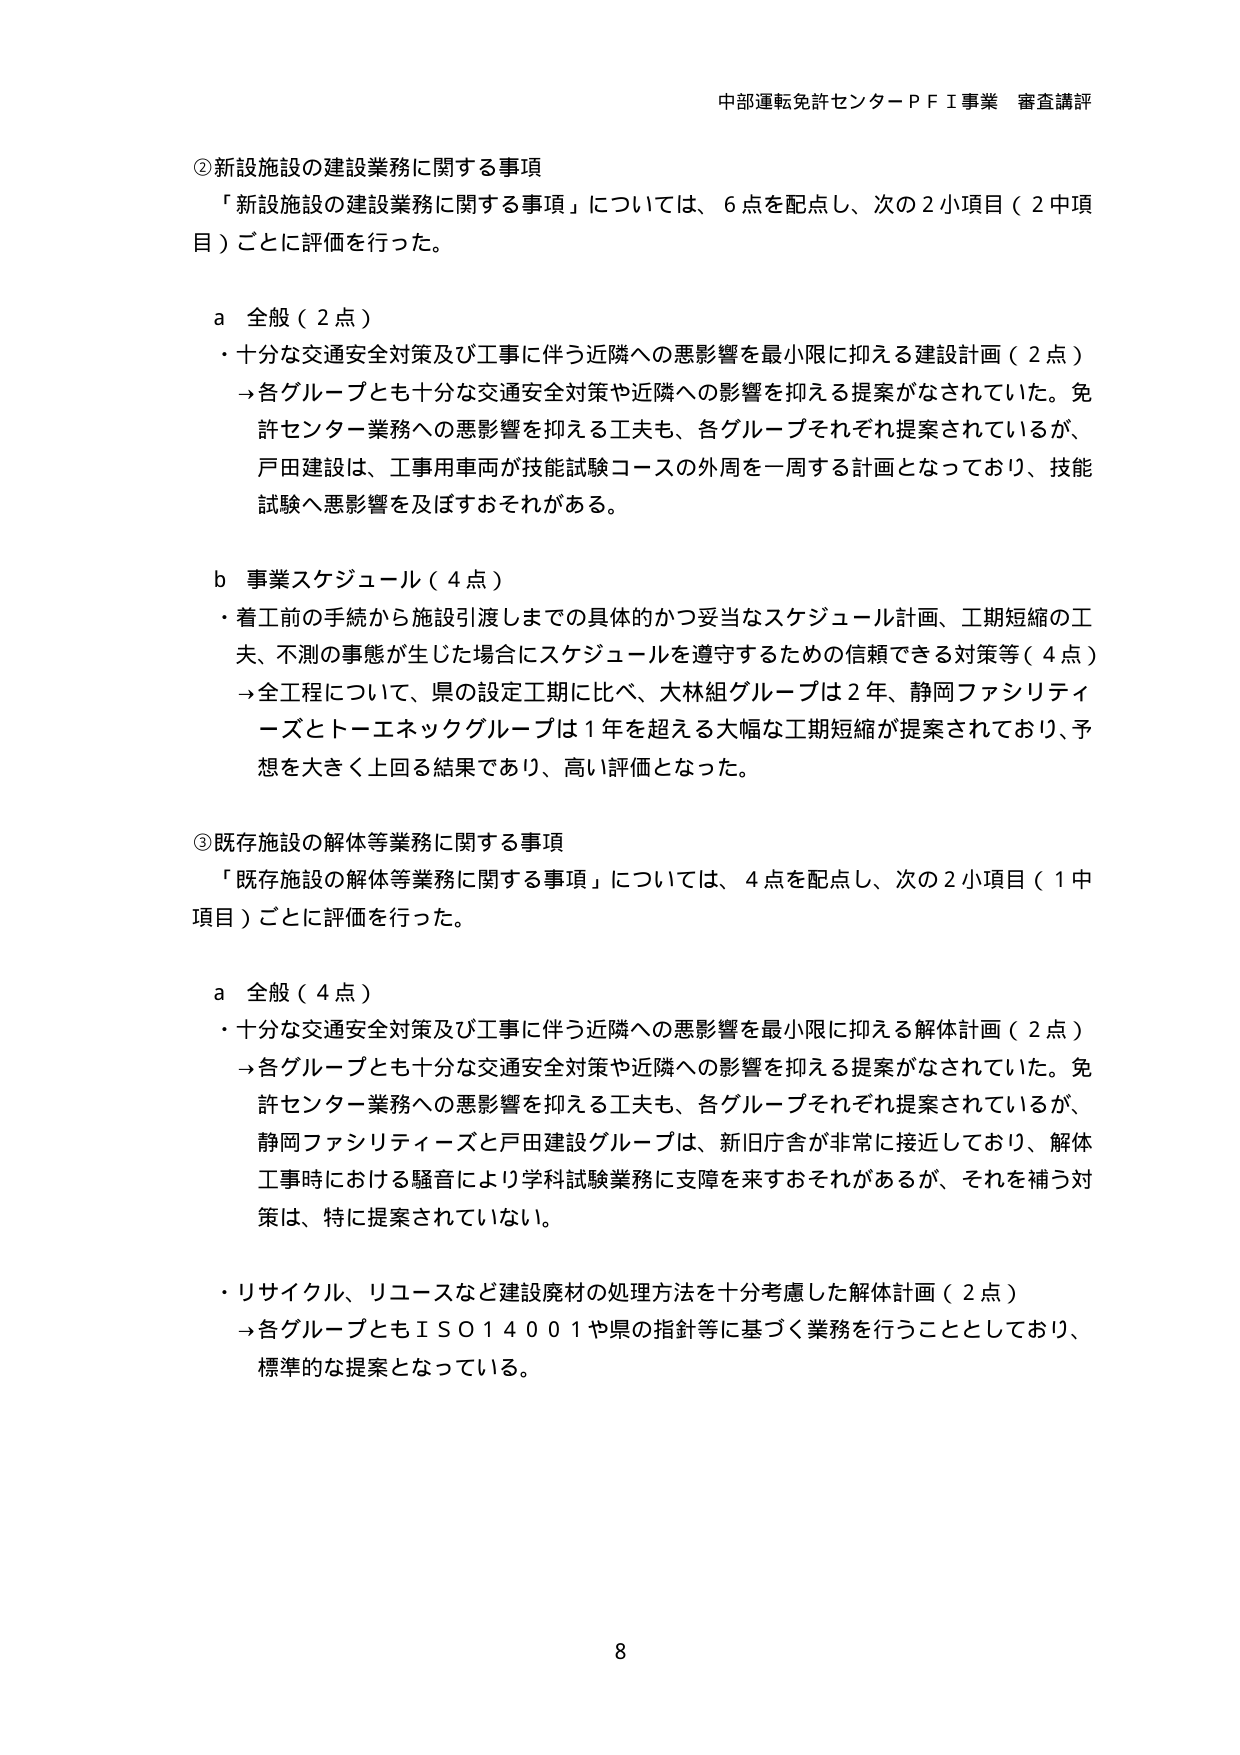
中部運転免許センターＰＦＩ事業 審査講評

②新設施設の建設業務に関する事項
「新設施設の建設業務に関する事項」については、6点を配点し、次の2小項目（2中項目）ごとに評価を行った。

a 全般（2点）
・十分な交通安全対策及び工事に伴う近隣への悪影響を最小限に抑える建設計画（2点）
→各グループとも十分な交通安全対策や近隣への影響を抑える提案がなされていた。免許センター業務への悪影響を抑える工夫も、各グループそれぞれ提案されているが、戸田建設は、工事用車両が技能試験コースの外周を一周する計画となっており、技能試験へ悪影響を及ぼすおそれがある。

b 事業スケジュール（4点）
・着工前の手続から施設引渡しまでの具体的かつ妥当なスケジュール計画、工期短縮の工夫、不測の事態が生じた場合にスケジュールを遵守するための信頼できる対策等（4点）
→全工程について、県の設定工期に比べ、大林組グループは2年、静岡ファシリティーズとトーエネックグループは1年を超える大幅な工期短縮が提案されており、予想を大きく上回る結果であり、高い評価となった。

③既存施設の解体等業務に関する事項
「既存施設の解体等業務に関する事項」については、4点を配点し、次の2小項目（1中項目）ごとに評価を行った。

a 全般（4点）
・十分な交通安全対策及び工事に伴う近隣への悪影響を最小限に抑える解体計画（2点）
→各グループとも十分な交通安全対策や近隣への影響を抑える提案がなされていた。免許センター業務への悪影響を抑える工夫も、各グループそれぞれ提案されているが、静岡ファシリティーズと戸田建設グループは、新旧庁舎が非常に接近しており、解体工事時における騒音により学科試験業務に支障を来すおそれがあるが、それを補う対策は、特に提案されていない。

・リサイクル、リユースなど建設廃材の処理方法を十分考慮した解体計画（2点）
→各グループともＩＳＯ１４００１や県の指針等に基づく業務を行うこととしており、標準的な提案となっている。

8